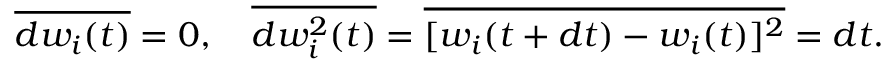
\overline { { d w _ { i } ( t ) } } = 0 , \ \ \ \overline { { d w _ { i } ^ { 2 } ( t ) } } = \overline { { [ w _ { i } ( t + d t ) - w _ { i } ( t ) ] ^ { 2 } } } = d t .